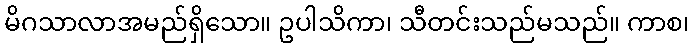
မိဂသာလာအမည်ရှိသော။ ဥပါသိကာ၊ သီတင်းသည်မသည်။ ကာစ၊